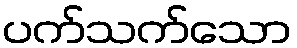
ပက်သက်သော